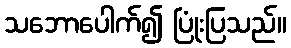
သဘောပေါက်၍ ပြုံးပြသည်။